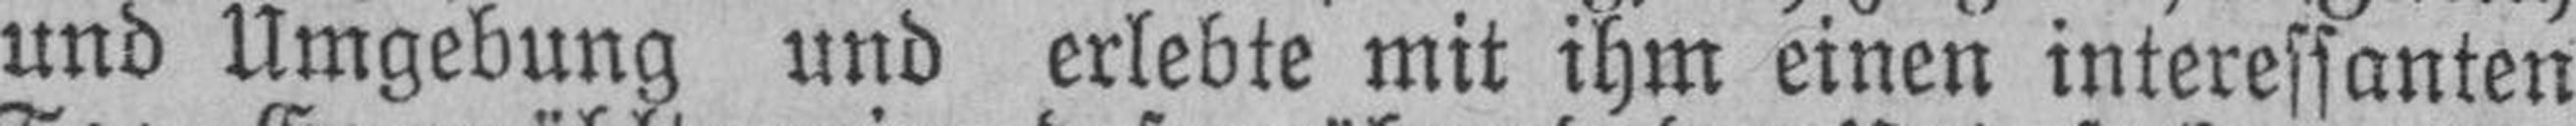
und Umgebung und erlebte mit ihm einen interessanten